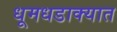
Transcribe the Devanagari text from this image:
धूमधडाक्यात